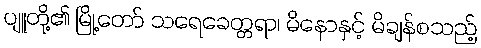
ပျူတို့၏ မြို့တော် သရေခေတ္တရာ၊ မိနောနှင့် မိချန်စသည့်